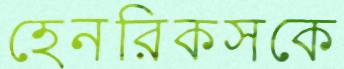
হেনরিকসকে